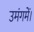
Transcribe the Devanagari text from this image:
उमंगमें।